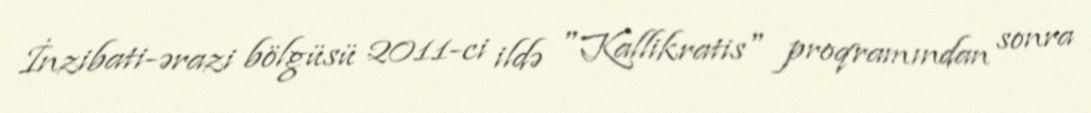
İnzibati-ərazi bölgüsü 2011-ci ildə "Kallikratis" proqramından sonra